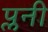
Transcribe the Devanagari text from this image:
प्लनी